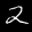
Label: 2